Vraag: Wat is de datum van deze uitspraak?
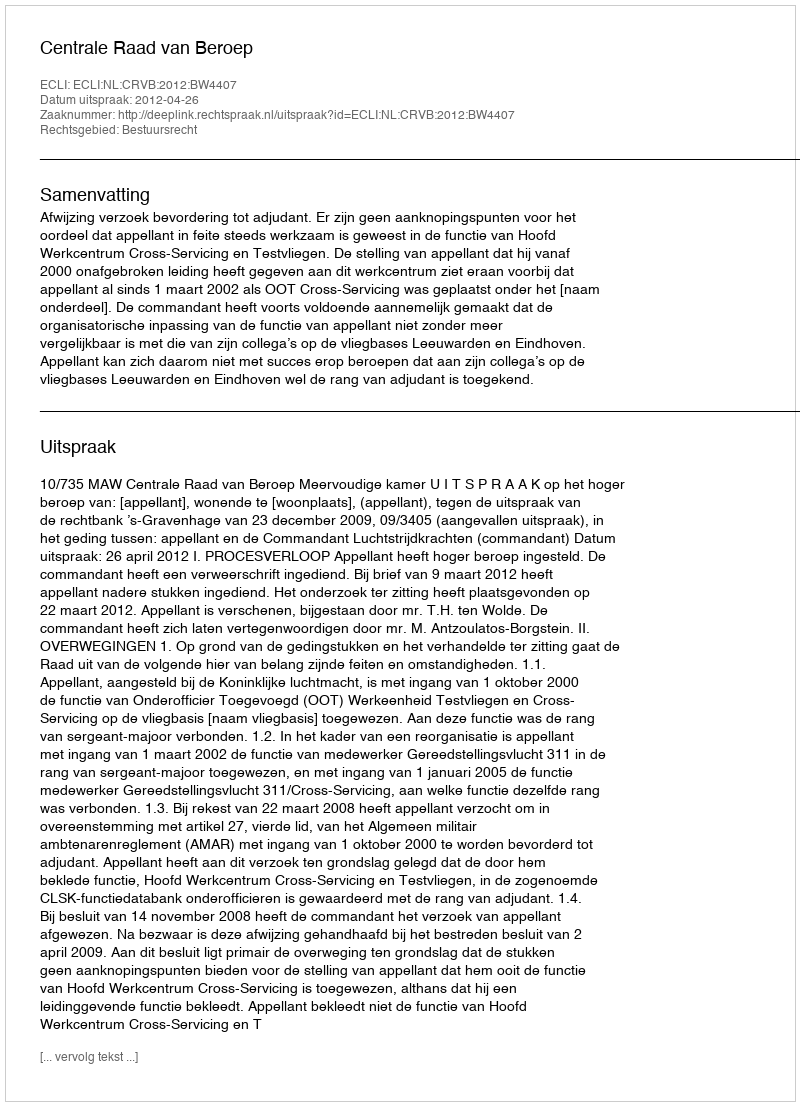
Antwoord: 2012-04-26